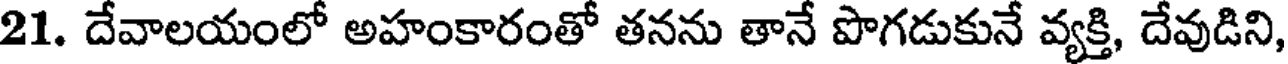
21. దేవాలయంలో అహంకారంతో తనను తానే పొగడుకునే వ్యక్తి, దేవుడిని,